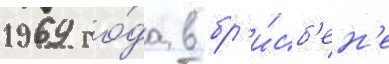
1969 го́да в бр'и́сб'ен'е